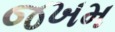
જખમ